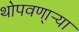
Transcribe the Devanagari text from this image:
थोपवणा्र्‍या